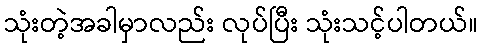
သုံးတဲ့အခါမှာလည်း လုပ်ပြီး သုံးသင့်ပါတယ်။